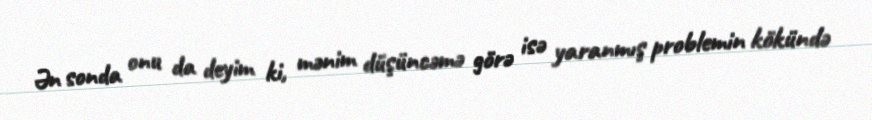
Ən sonda onu da deyim ki, mənim düşüncəmə görə isə yaranmış problemin kökündə